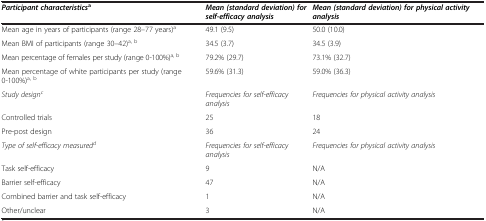
<table><thead><tr><td><b><i>Participant characteristics</i><sup>a</sup></b></td><td><b><i>Mean (standard deviation) for self-efficacy analysis</i></b></td><td><b><i>Mean (standard deviation) for physical activity analysis</i></b></td></tr></thead><tbody><tr><td>Mean age in years of participants (range 28–77 years)<sup>a</sup></td><td>49.1 (9.5)</td><td>50.0 (10.0)</td></tr><tr><td>Mean BMI of participants (range 30–42)<sup>a, b</sup></td><td>34.5 (3.7)</td><td>34.5 (3.9)</td></tr><tr><td>Mean percentage of females per study (range 0-100%)<sup>a, b</sup></td><td>79.2% (29.7)</td><td>73.1% (32.7)</td></tr><tr><td>Mean percentage of white participants per study (range 0-100%)<sup>a, b</sup></td><td>59.6% (31.3)</td><td>59.0% (36.3)</td></tr><tr><td><i>Study design</i><sup><i>c</i></sup></td><td><i>Frequencies for self-efficacy analysis</i></td><td><i>Frequencies for physical activity analysis</i></td></tr><tr><td>Controlled trials</td><td>25</td><td>18</td></tr><tr><td>Pre-post design</td><td>36</td><td>24</td></tr><tr><td><i>Type of self-efficacy measured</i><sup><i>d</i></sup></td><td><i>Frequencies for self-efficacy analysis</i></td><td><i>Frequencies for physical activity analysis</i></td></tr><tr><td>Task self-efficacy</td><td>9</td><td>N/A</td></tr><tr><td>Barrier self-efficacy</td><td>47</td><td>N/A</td></tr><tr><td>Combined barrier and task self-efficacy</td><td>1</td><td>N/A</td></tr><tr><td>Other/unclear</td><td>3</td><td>N/A</td></tr></tbody></table>